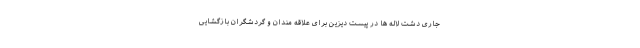
جاری دشت لاله ها در پیست دیزین برای علاقه مندان و گردشگران بازگشایی